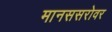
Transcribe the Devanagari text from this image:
मानससरोवर